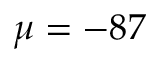
\mu = - 8 7